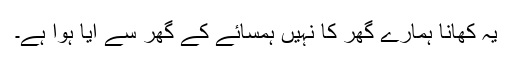
یہ کھانا ہمارے گھر کا نہیں ہمسائے کے گھر سے آیا ہوا ہے۔